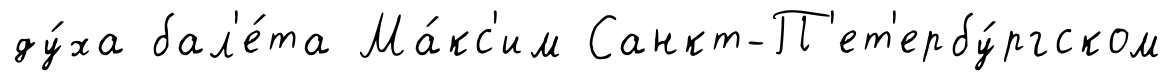
ду́ха бал'е́та Ма́кс'им Санкт-П'ет'ербу́ргском